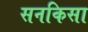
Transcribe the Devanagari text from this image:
सनकिसा